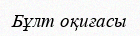
Бұлт оқиғасы